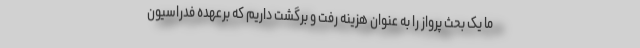
ما یک بحث پرواز را به عنوان هزینه رفت و برگشت داریم که برعهده فدراسیون